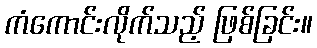
ကံကောင်းလိုက်သည့် ဖြစ်ခြင်း။